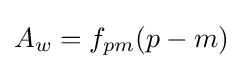
A_{w}=f_{pm}(p-m)